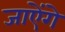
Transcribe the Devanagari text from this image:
जाऐंगे